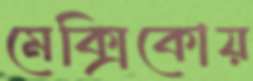
মেক্সিকোয়